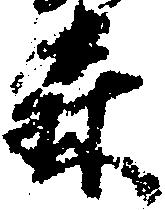
森